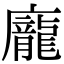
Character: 龐